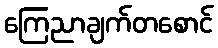
ကြေညာချက်တစောင်